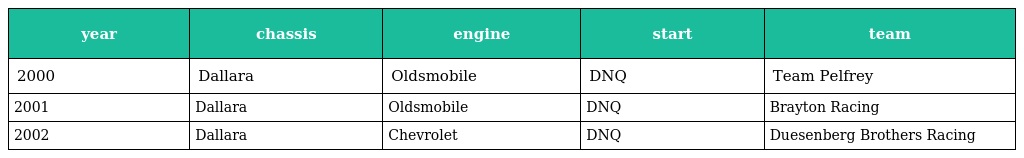
| year | chassis | engine | start | team |
 | --- | --- | --- | --- | --- |
 | 2000 | Dallara | Oldsmobile | DNQ | Team Pelfrey |
 | 2001 | Dallara | Oldsmobile | DNQ | Brayton Racing |
 | 2002 | Dallara | Chevrolet | DNQ | Duesenberg Brothers Racing |